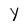
Character: y